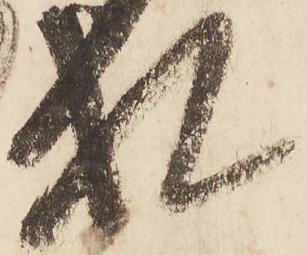
札